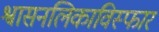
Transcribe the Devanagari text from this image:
श्वासनलिकाविस्फार